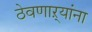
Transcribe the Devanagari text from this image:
ठेवणाऱ्यांना